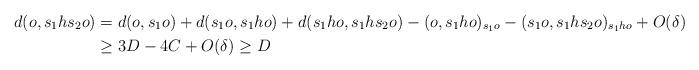
LaTeX: \begin{align*}d(o, s_1 h s_2 o) & = d(o, s_1 o) + d(s_1 o, s_1 h o) + d(s_1 h o, s_1 h s_2 o) - (o, s_1 h o)_{s_1 o} - (s_1 o, s_1 h s_2 o)_{s_1 h o} + O(\delta) \\& \geq 3 D - 4 C + O(\delta) \geq D\end{align*}